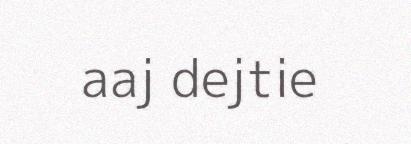
aaj dejtie